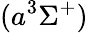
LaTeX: (a^{3}\Sigma^{+})